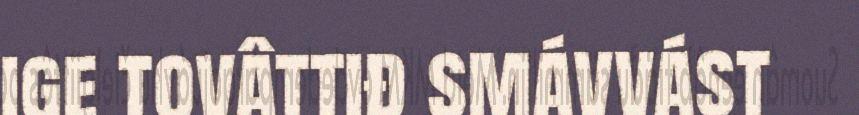
ige tovâttiđ smávvást